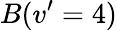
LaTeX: B(v^{\prime}=4)